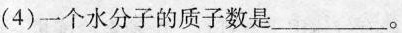
(4)一个水分子的质子数是___∘